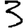
Digit: 3